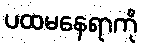
ပထမနေရာကို